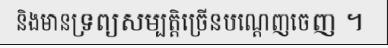
និងមានទ្រព្យសម្បត្តិច្រើនបណ្តេញចេញ ។